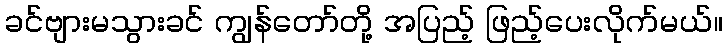
ခင်ဗျားမသွားခင် ကျွန်တော်တို့ အပြည့် ဖြည့်ပေးလိုက်မယ်။